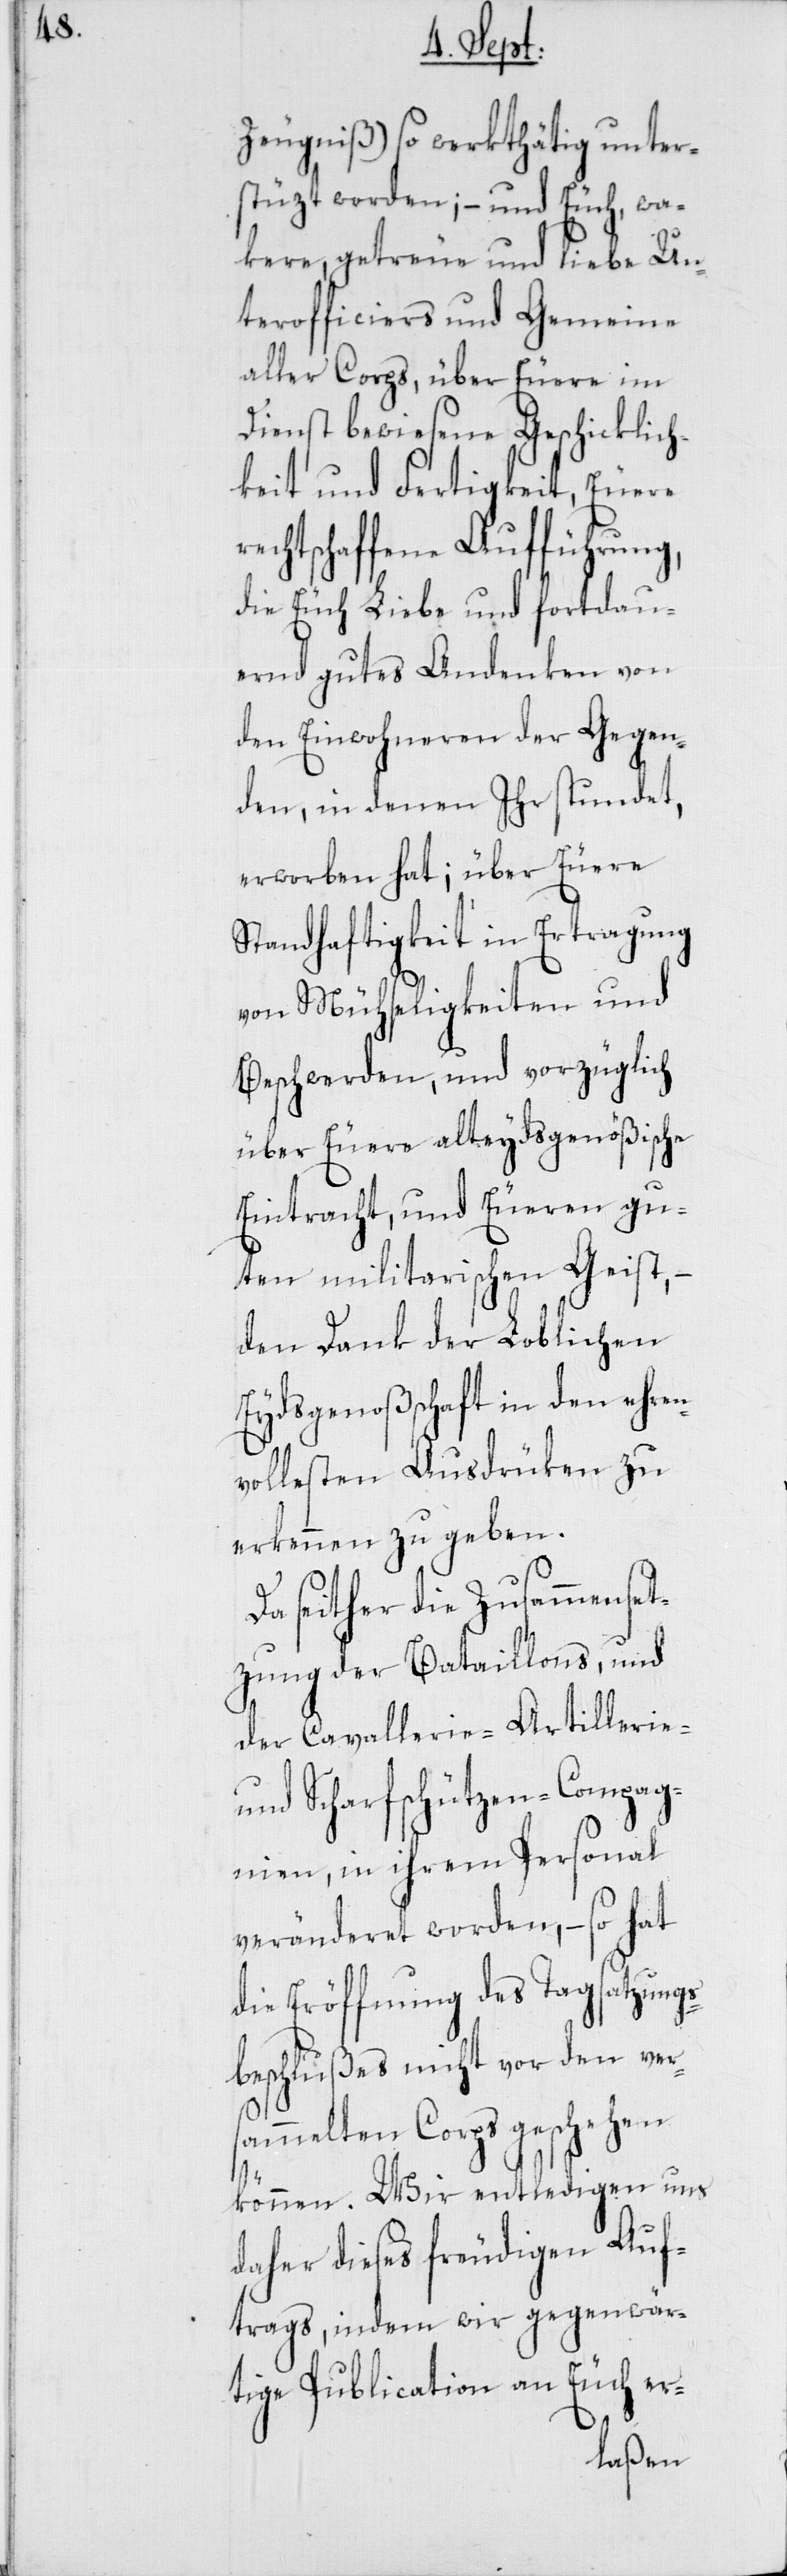
Zeugniß) so werkthätig unter¬
stüzt worden; – undEeuch wa¬
kere, getreue und liebe Un¬
terofficiers und Gemeine
aller Corps, über Eure im
Dienst bewiesene Geschicklich¬
keit und Fertigkeit, Euere
rechtschaffene Aufführung,
die Euch Liebe und fortdau¬
ernd gutes Andenken von
den Einwohneren der Gegen¬
den, in denen Ihr stundet,
erworben hat; über Euere
Standhaftigkeit in Ertragung
von Mühseligkeiten und
Beschwerden, und vorzüglich
über Euere alteydsgenößische
Eintracht, und Eueren gu¬
ten militarischen Geist,
den Dank der Loblichen
Eydsgenoßschaft in den ehren¬
vollesten Ausdrüken zu
erkennen zu geben.
Da seither die Zusammenset¬
zung der Bataillons, und
der Cavallerie-[,] Artillerie-
und Scharfschützen-Compag¬
nien, in ihrem Personal
veränderet worden, – so hat
die Eröffnung des Tagsatzungs¬
beschlußes nicht vor den ver¬
sammelten Corps geschehen
können. Wir entledigen uns
daher dieses freudigen Auf¬
trags, indem wir gegenwär¬
tige Publication an Euch er-